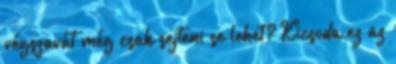
végszavát még csak sejteni se lehet? Kicsoda ez az